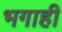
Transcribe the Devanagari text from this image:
भगाही